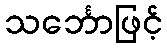
သင်္ဘောဖြင့်